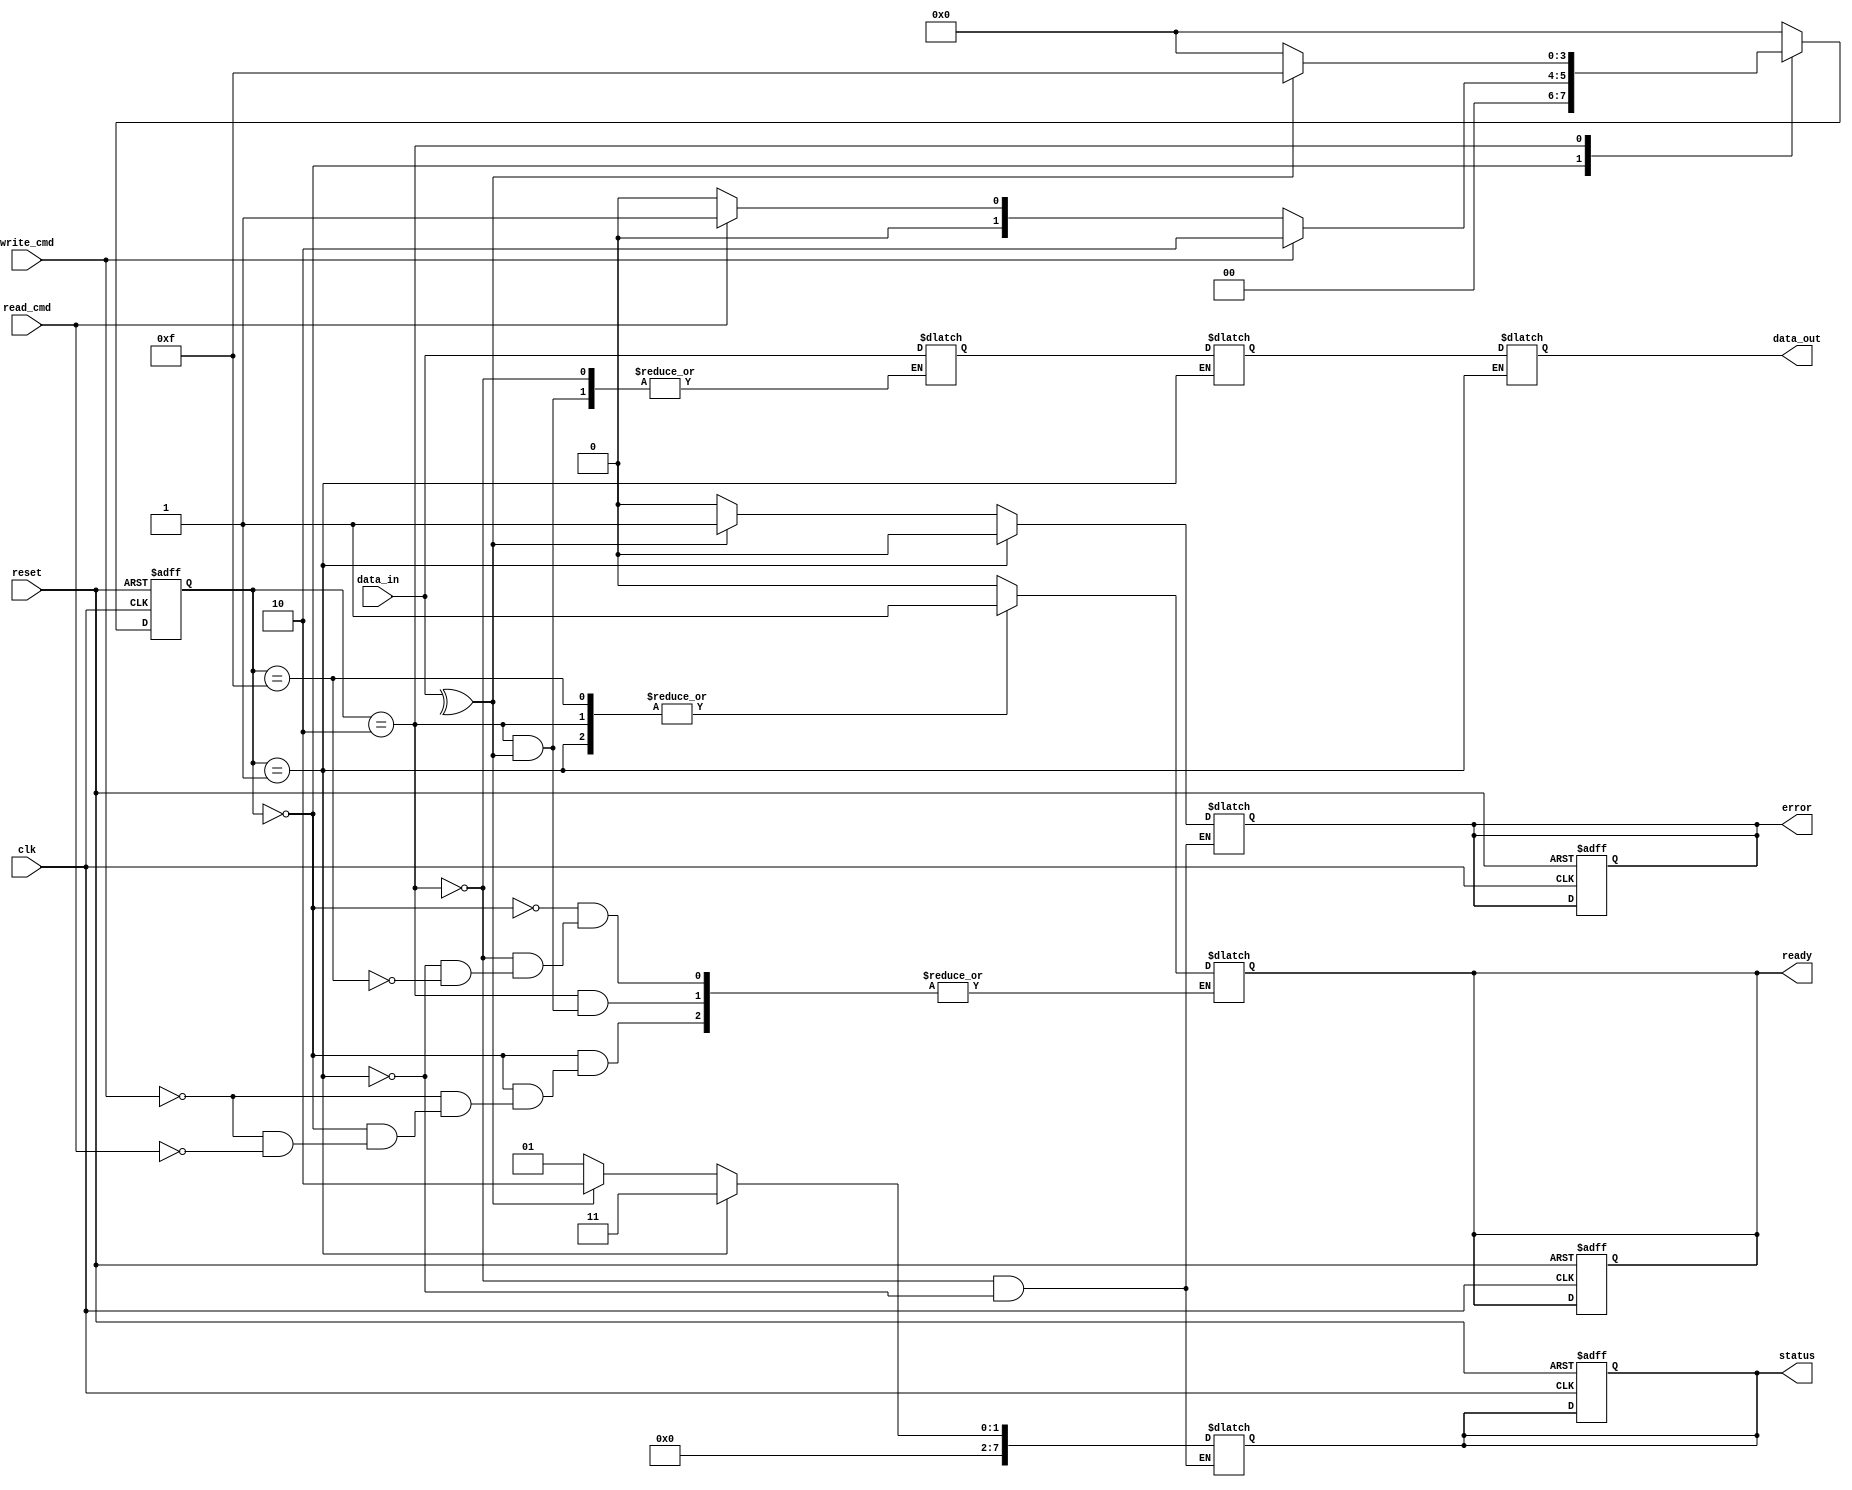
module SSD_IO_Block (
    input wire clk,
    input wire reset,
    
    // Host interface signals
    input wire [31:0] data_in,          // Data input from host (32 bits)
    input wire read_cmd,                // Read command signal
    input wire write_cmd,               // Write command signal
    output reg [31:0] data_out,         // Data output to host (32 bits)
    output reg ready,                   // Ready signal for host
    output reg error,                   // Error signal
    output reg [7:0] status             // Status signals
);

// Internal signals
reg [31:0] input_buffer;               // Input buffer
reg [31:0] output_buffer;              // Output buffer
reg [3:0] state;                       // State machine
reg [3:0] next_state;                  // Next state for state machine

// State definitions
localparam IDLE = 4'b0000,
           READ = 4'b0001,
           WRITE = 4'b0010,
           ERROR = 4'b1111;

// Error detection (simple parity check for demonstration)
wire parity_error = ^data_in; // Simple parity check (even parity)

// State machine for control logic
always @(posedge clk or posedge reset) begin
    if (reset) begin
        state <= IDLE;
        ready <= 1'b1;
        error <= 1'b0;
        status <= 8'b0;
    end else begin
        state <= next_state;
    end
end

// Next state logic
always @(*) begin
    case (state)
        IDLE: begin
            if (write_cmd) begin
                next_state = WRITE;
                ready = 1'b0;
            end else if (read_cmd) begin
                next_state = READ;
                ready = 1'b0;
            end else begin
                next_state = IDLE;
            end
        end
        
        WRITE: begin
            if (!parity_error) begin
                input_buffer <= data_in; // Store incoming data
                next_state = IDLE;
                ready = 1'b1;
                error = 1'b0;
                status = 8'b00000001; // Write successful
            end else begin
                next_state = ERROR;
                error = 1'b1;
                status = 8'b00000010; // Write error
            end
        end
        
        READ: begin
            output_buffer <= input_buffer; // Prepare data for output
            data_out <= output_buffer;      // Send data to host
            next_state = IDLE;
            ready = 1'b1;
            error = 1'b0;
            status = 8'b00000011; // Read successful
        end
        
        ERROR: begin
            ready = 1'b1;
            next_state = IDLE; // Return to idle after error
        end
        
        default: begin
            next_state = IDLE;
        end
    endcase
end

endmodule